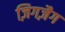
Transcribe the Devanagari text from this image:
ज़िगज़ैग